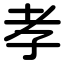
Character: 孝